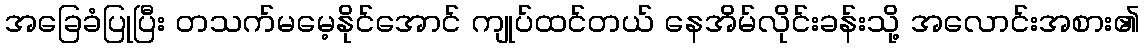
အခြေခံပြုပြီး တသက်မမေ့နိုင်အောင် ကျုပ်ထင်တယ် နေအိမ်လိုင်းခန်းသို့ အလောင်းအစား၏